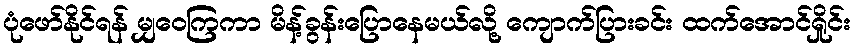
ပုံဖော်နိုင်ရန် မျှဝေကြကာ မိန့်ခွန်းပြောနေမယ်လို့ ကျောက်ပြားခင်း ထက်အောင်ရှိုင်း